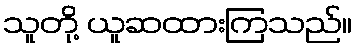
သူတို့ ယူဆထားကြသည်။